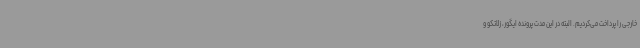
خارجی را پرداخت می‌کردیم. البته در این مدت پرونده ایگور، زلاتکو و